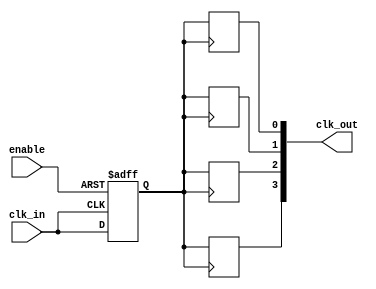
module ClockTreeBuffer #(
    parameter NUM_OUTPUTS = 4,  // Number of output clocks
    parameter DELAY = 1          // Delay for buffering (in simulation time units)
)(
    input wire clk_in,           // Input clock signal
    input wire enable,           // Enable signal for the buffer
    output reg [NUM_OUTPUTS-1:0] clk_out // Output clock signals
);

    // Internal signal for buffered clock
    reg buffered_clk;

    // Buffering mechanism
    always @(posedge clk_in or negedge enable) begin
        if (!enable) begin
            buffered_clk <= 1'b0; // When disabled, set buffered clock to low
        end else begin
            buffered_clk <= #DELAY clk_in; // Buffer the input clock with a specified delay
        end
    end

    // Distributing buffered clock to output clocks
    genvar i;
    generate
        for (i = 0; i < NUM_OUTPUTS; i = i + 1) begin : clk_distribution
            always @(posedge buffered_clk) begin
                clk_out[i] <= buffered_clk; // Distribute buffered clock to each output
            end
        end
    endgenerate

endmodule